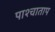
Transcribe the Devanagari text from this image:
पाश्चाताप